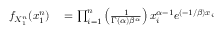
\begin{array} { r l } { f _ { X _ { 1 } ^ { n } } ( x _ { 1 } ^ { n } ) } & { { } = \prod _ { i = 1 } ^ { n } \left( { \frac { 1 } { \Gamma ( \alpha ) \beta ^ { \alpha } } } \right) x _ { i } ^ { \alpha - 1 } e ^ { ( - 1 / \beta ) x _ { i } } } \end{array}